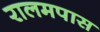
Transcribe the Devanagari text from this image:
रालमपास